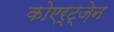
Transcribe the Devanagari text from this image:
कोएर्ट्ज़ेन